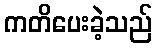
ကတိပေးခဲ့သည်